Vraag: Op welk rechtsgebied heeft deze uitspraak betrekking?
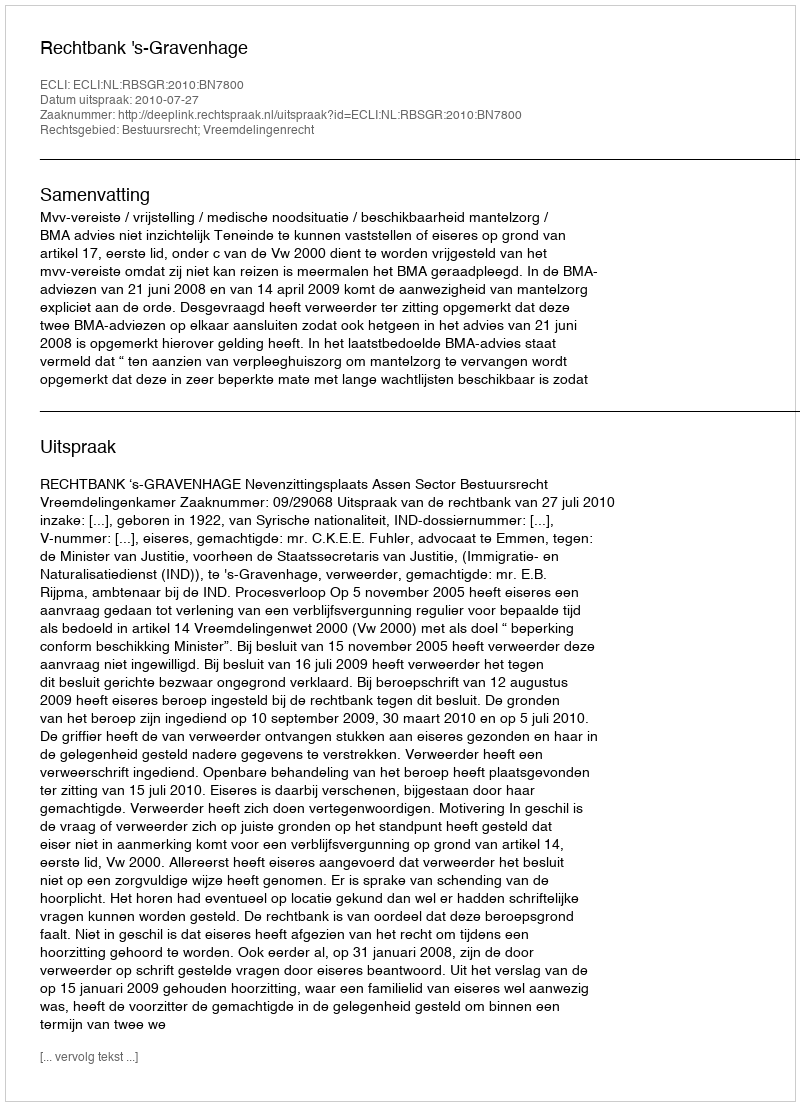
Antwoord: Bestuursrecht; Vreemdelingenrecht